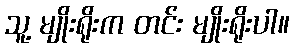
သူ့ မျိုးရိုးက တင်း မျိုးရိုးပါ။